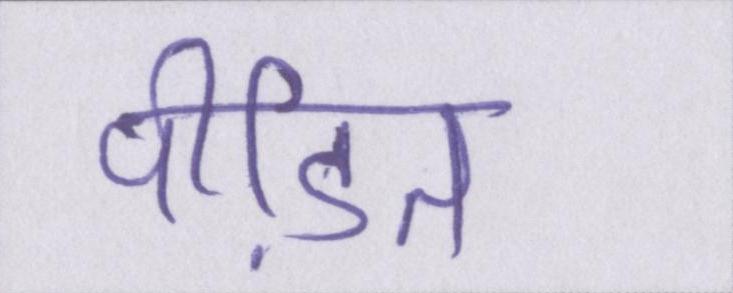
पीडि़त